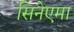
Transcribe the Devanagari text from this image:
सिनेएमा